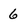
Character: 6